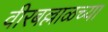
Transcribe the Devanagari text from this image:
वीरबल्लाळच्या